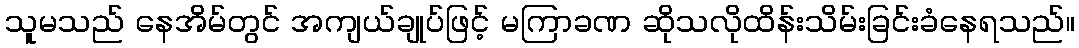
သူမသည် နေအိမ်တွင် အကျယ်ချုပ်ဖြင့် မကြာခဏ ဆိုသလိုထိန်းသိမ်းခြင်းခံနေရသည်။